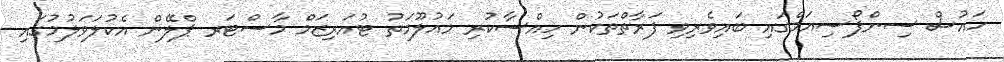
ހައުސް ސިންޕޯސިއަމްގައި ބައިވެރިވި ފަރާތްތަކުން ހިއްސާކުރި މައުލޫމަތު ޓުއަރިޒަމް މާސްޓަރ ޕްލޭން އެކުލަވަލުމުގައި